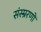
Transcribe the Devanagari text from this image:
संस्म्ररणों